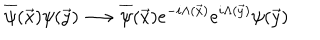
\overline { { { \psi } } } ( \vec { x } ) \psi ( \vec { y } ) \longrightarrow \overline { { { \psi } } } ( \vec { x } ) e ^ { - i \Lambda ( \vec { x } ) } e ^ { i \Lambda ( \vec { y } ) } \psi ( \vec { y } )